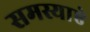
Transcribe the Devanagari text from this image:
समस्याऐ